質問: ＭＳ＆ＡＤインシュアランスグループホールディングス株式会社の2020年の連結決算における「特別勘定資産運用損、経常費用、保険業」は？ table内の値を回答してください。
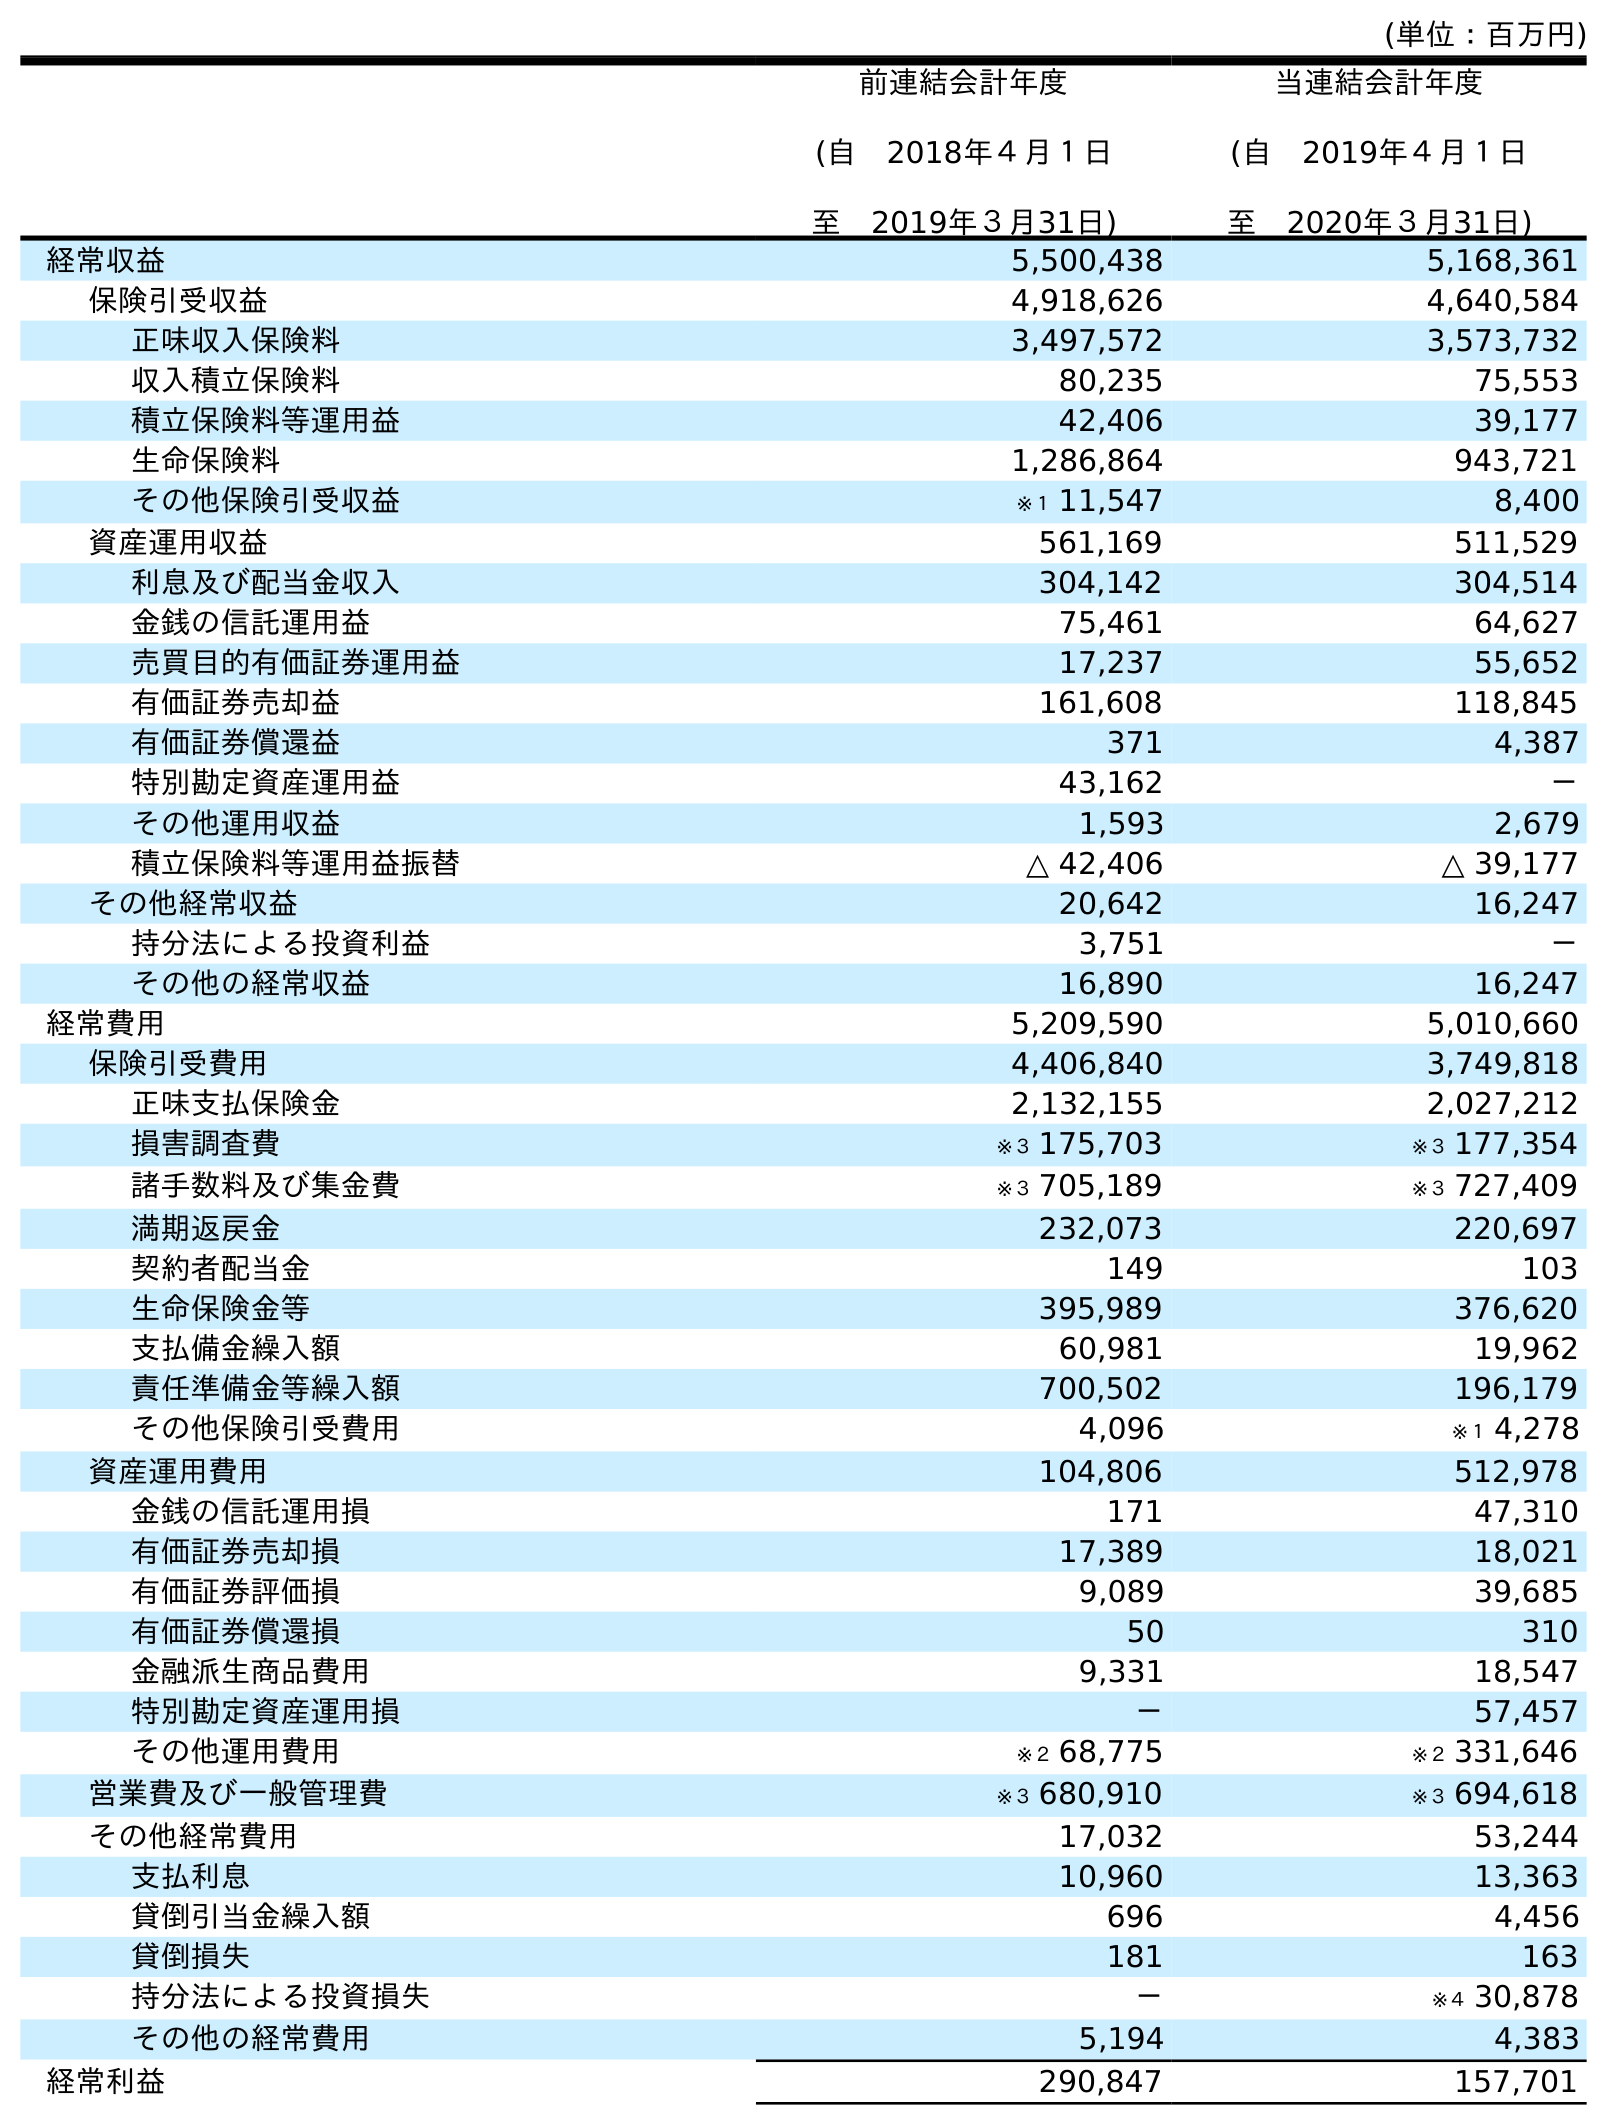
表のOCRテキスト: (単位：百万円) 前連結会計年度 (自 2018年４月１日 至 2019年３月31日) 当連結会計年度 (自 2019年４月１日 至 2020年３月31日) 経常収益 5,500,438 5,168,361 保険引受収益 4,918,626 4,640,584 正味収入保険料 3,497,572 3,573,732 収入積立保険料 80,235 75,553 積立保険料等運用益 42,406 39,177 生命保険料 1,286,864 943,721 その他保険引受収益 ※１ 11,547 8,400 資産運用収益 561,169 511,529 利息及び配当金収入 304,142 304,514 金銭の信託運用益 75,461 64,627 売買目的有価証券運用益 17,237 55,652 有価証券売却益 161,608 118,845 有価証券償還益 371 4,387 特別勘定資産運用益 43,162 － その他運用収益 1,593 2,679 積立保険料等運用益振替 △ 42,406 △ 39,177 その他経常収益 20,642 16,247 持分法による投資利益 3,751 － その他の経常収益 16,890 16,247 経常費用 5,209,590 5,010,660 保険引受費用 4,406,840 3,749,818 正味支払保険金 2,132,155 2,027,212 損害調査費 ※３ 175,703 ※３ 177,354 諸手数料及び集金費 ※３ 705,189 ※３ 727,409 満期返戻金 232,073 220,697 契約者配当金 149 103 生命保険金等 395,989 376,620 支払備金繰入額 60,981 19,962 責任準備金等繰入額 700,502 196,179 その他保険引受費用 4,096 ※１ 4,278 資産運用費用 104,806 512,978 金銭の信託運用損 171 47,310 有価証券売却損 17,389 18,021 有価証券評価損 9,089 39,685 有価証券償還損 50 310 金融派生商品費用 9,331 18,547 特別勘定資産運用損 － 57,457 その他運用費用 ※２ 68,775 ※２ 331,646 営業費及び一般管理費 ※３ 680,910 ※３ 694,618 その他経常費用 17,032 53,244 支払利息 10,960 13,363 貸倒引当金繰入額 696 4,456 貸倒損失 181 163 持分法による投資損失 － ※４ 30,878 その他の経常費用 5,194 4,383 経常利益 290,847 157,701
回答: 57,457